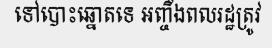
ទៅបោះឆ្នោតទេ អញ្ចឹងពលរដ្ឋត្រូវ